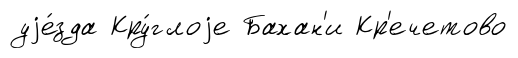
уjе́зда Кру́глоjе Бахан'и Кр'ечетово